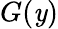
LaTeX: G(\mathit{y})